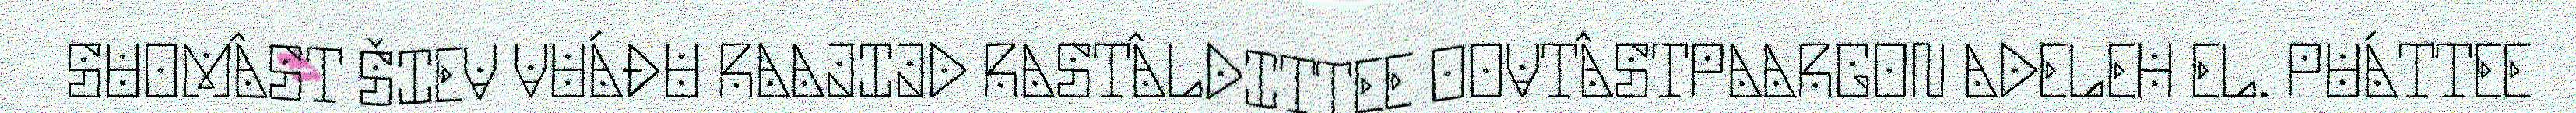
SUOMÂST ŠIEV VUÁĐU RAAJIJD RASTÂLDITTEE OOVTÂSTPAARGON ADELEH EL. PUÁTTEE